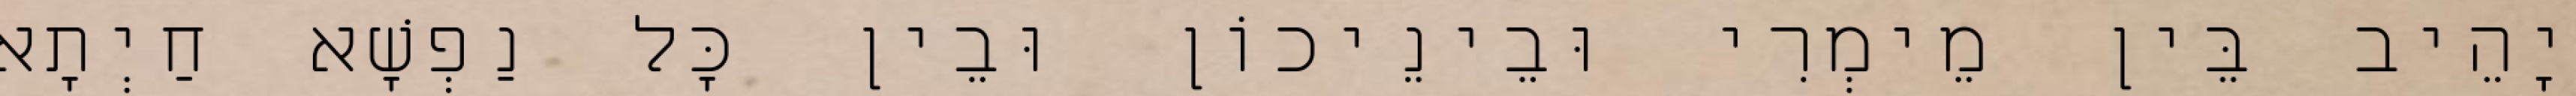
יָהֵיב בֵּין מֵימְרִי וּבֵינֵיכוֹן וּבֵין כָּל נַפְשָׁא חַיְתָא